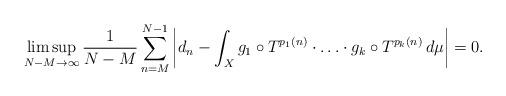
LaTeX: \begin{align*} \limsup_{{N-M}\to\infty} \frac1{N-M}\sum_{n=M}^{N-1} \left|d_n-\int_Xg_1\circ T^{p_1(n)}\cdot\ldots\cdot g_k\circ T^{p_k(n)}\,d\mu\right|=0.\end{align*}